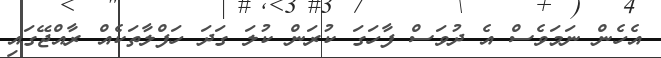
އެެހެން ނަމަވެސް އެ ދުވަސް ފާހަގަ ކުރަން ކުލަ ގަދަ ހަފްލާތަކެއް ރާއްޖޭގައި